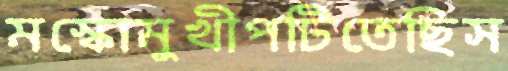
মস্কোমুখীপটিতেছিস